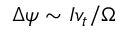
\Delta \psi \sim I v _ { t } / \Omega